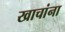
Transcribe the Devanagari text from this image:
खाचांना